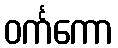
ဝင်္ကကော